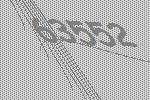
63552